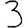
Digit: 3